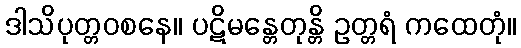
ဒါသိပုတ္တဝစနေ။ ပဋိမန္တေတုန္တိ ဥတ္တရံ ကထေတုံ။